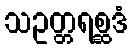
သဥတ္တရစ္ဆဒံ